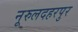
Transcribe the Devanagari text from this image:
नूरुलदहरपुर